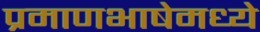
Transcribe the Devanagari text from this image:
प्रमाणभाषेमध्ये